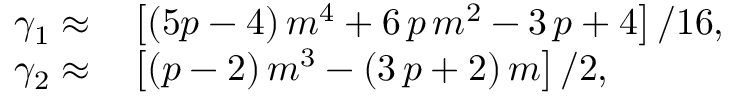
\begin{array} { r l } { \gamma _ { 1 } \approx } & { { } \left[ \left( 5 p - 4 \right) m ^ { 4 } + 6 \, p \, m ^ { 2 } - 3 \, p + 4 \right] / 1 6 , } \\ { \gamma _ { 2 } \approx } & { { } \left[ \left( p - 2 \right) m ^ { 3 } - \left( 3 \, p + 2 \right) m \right] / 2 , } \end{array}